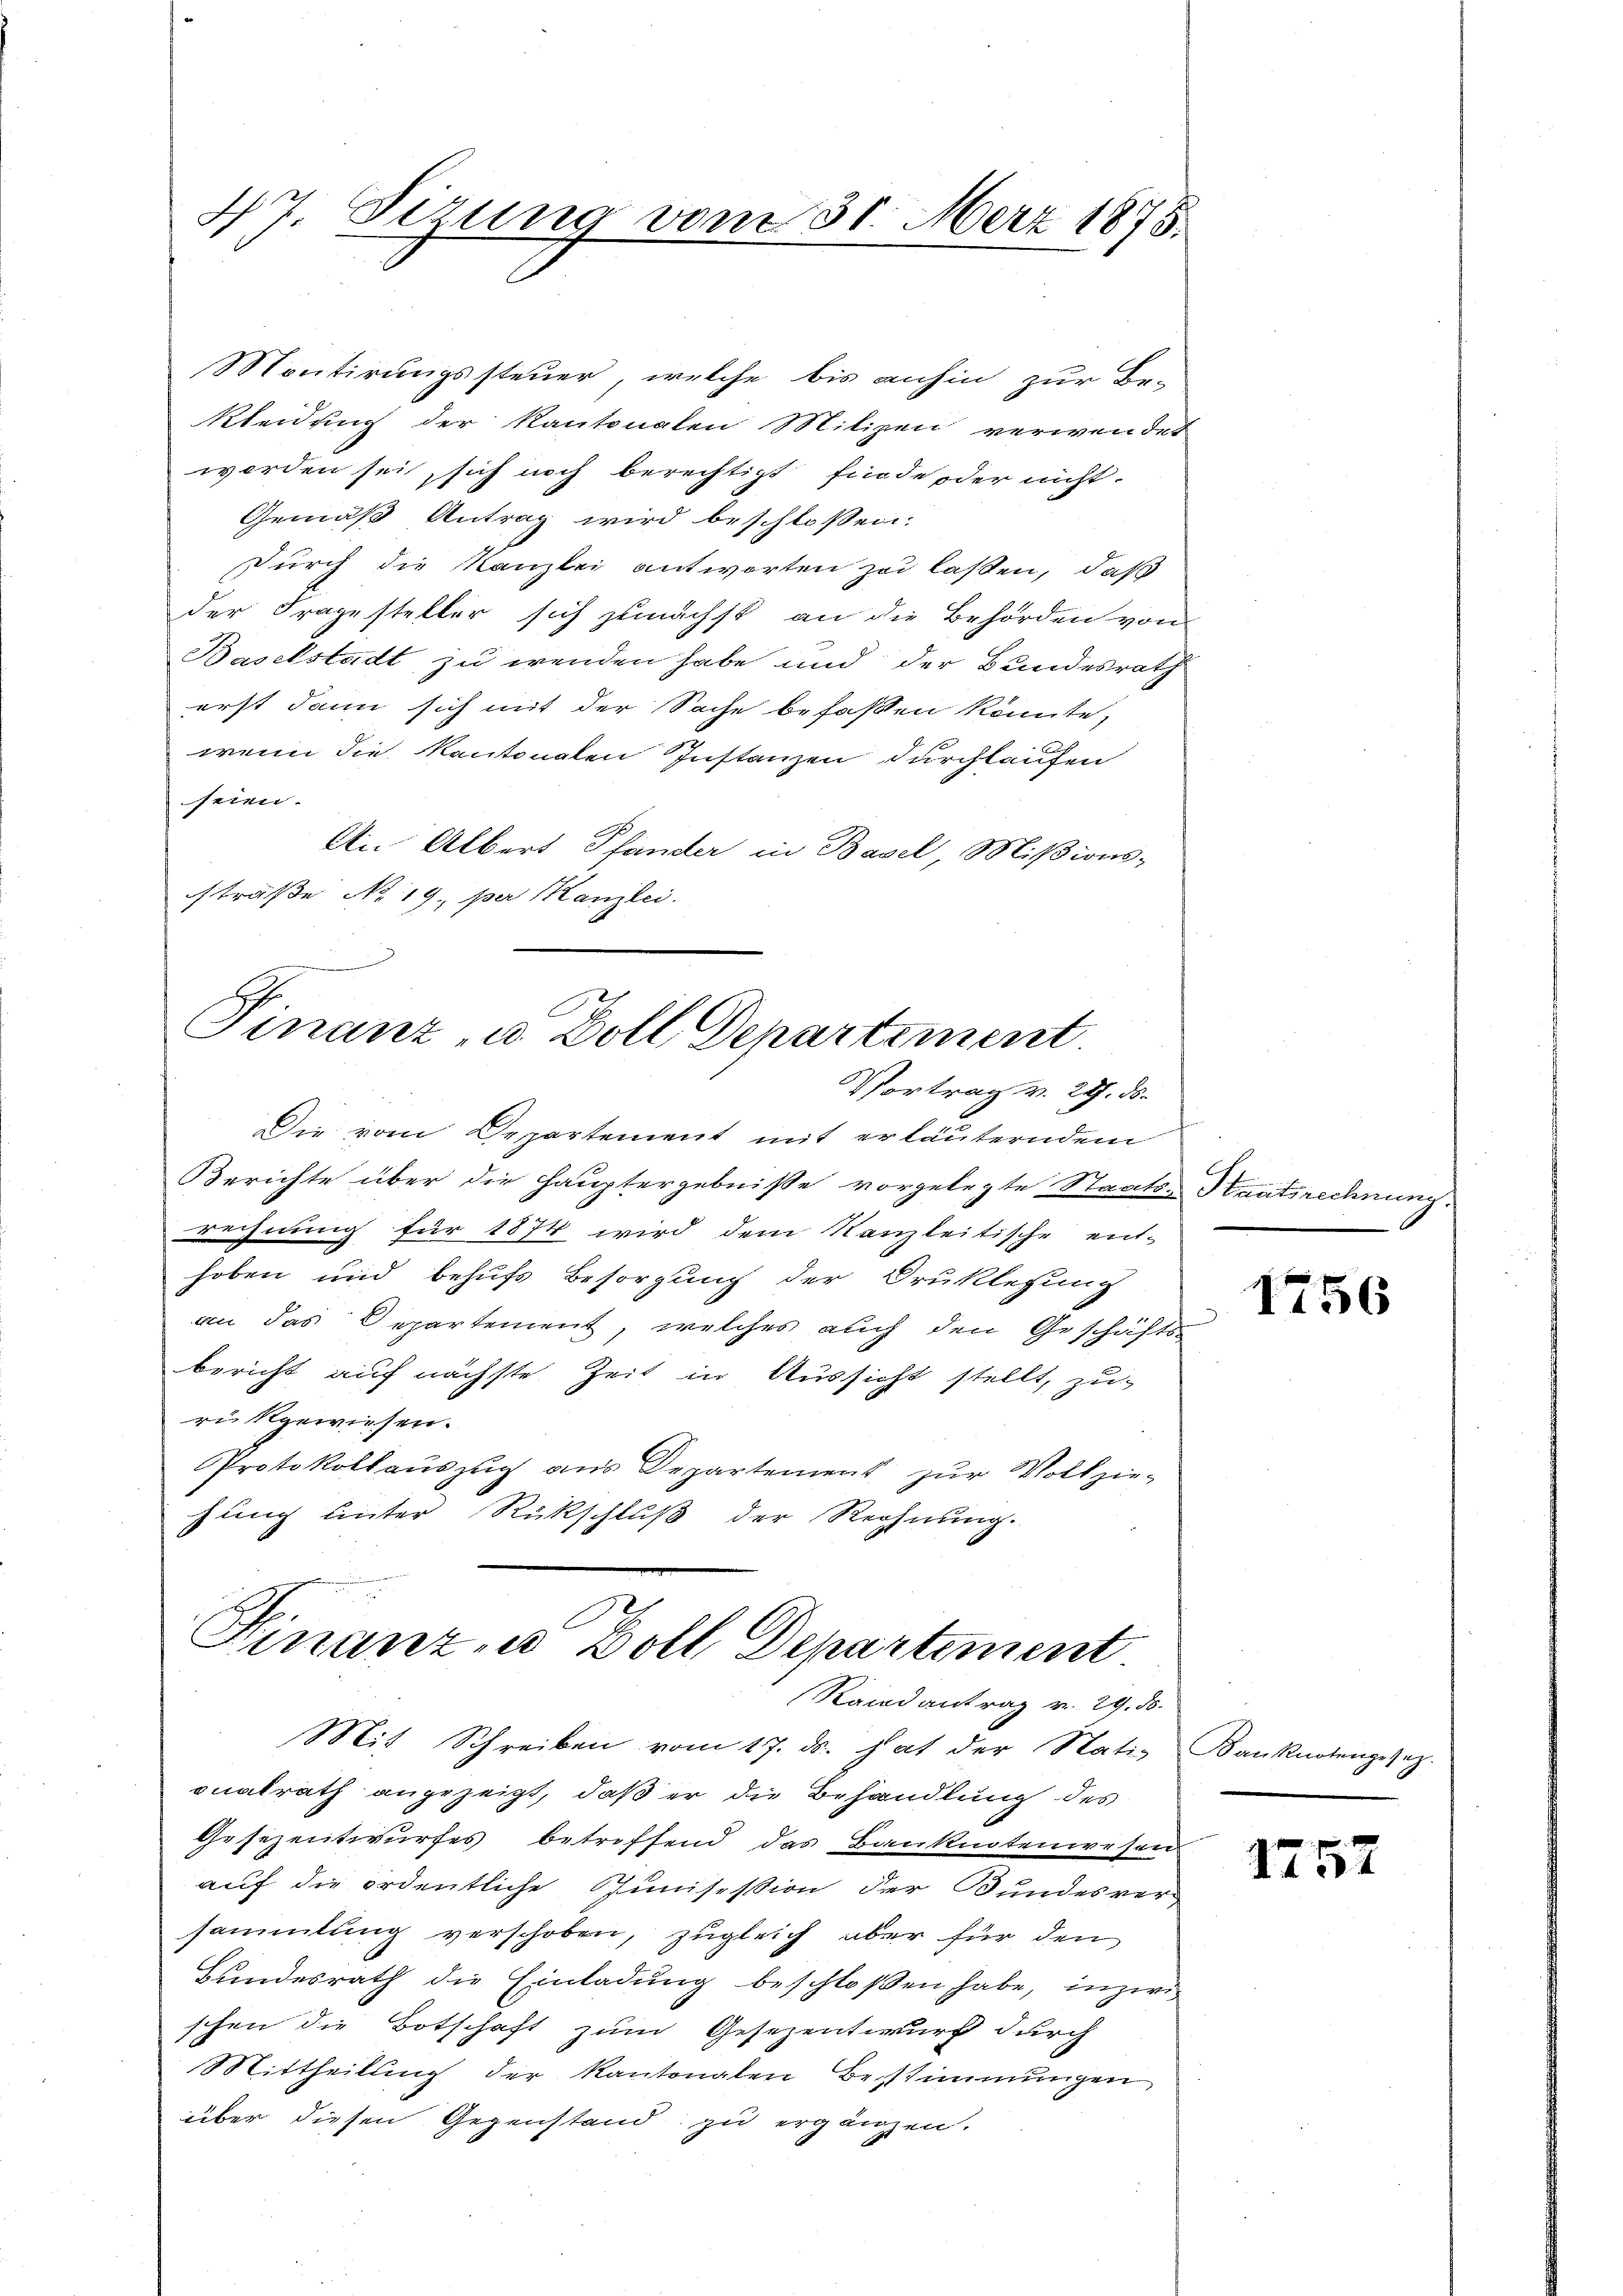
47. Sizung vom 31. März 1875.

Montirungssteuer, welche bis anhin zur Be-
Kleidung der Kantonalen Milizei verwendet
worden sei, sich noch berechtigt finde oder nicht
Gemäß Antrag wird beschlossen:
durch die Kanzlei antworten zu laßen, daß
der Fragesteller sich zunächst an die Behörden von
Baselstadt zu wenden habe und der Bundesrath
erst dann sich mit der Sache befaßen könnte,
wenn die Kantonalen Instanzen durchlaufen
seien.
An Albert Pfander in Basel, Mißions-
straße No 19. per Kanzlei.

Finanz u. Doll Denartement
Vortrag v. 24. ds.

Die vom Departement mit erläuterndem
Berichte über die Hauptergebnisse vorgelegte Staats-Staatsrechnung.
rechnung für 1874 wird dem Kanzleitische ent-
hoben und behufs Besorgung der Druklegung
an das Departement, welches auch den Geschäfts-
bericht auf nächste Zeit in Aussicht stellt, zu-
rükgewiesen.
Protokollauszug aus Departement zur Vollzie-
hung unter Rückschluß der Rechnung.

Finanz- u Doll, Departement
Randantrag v. 29. 50.

Mit Schreiben vom 17. ds. hat der Natio Banknotengesez.
onalrath angezeigt, daß er die Behandlung des
Gesezentwurfes betreffend das Banknotenwesen
auf die ordentliche Sunisession der Bundesver-
sammlung verschoben, zugleich aber für den
Bundesrath die Einladung beschloßen habe, inzwischen die Botschaft zum Gesezentwurf durch
Mittheilung der Kantonalen Bestimmungen
über diesen Gegenstand zu ergänzen.

1756

1257